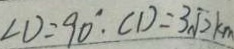
\angle D = 9 0 ^ { \circ } . C D = 3 \sqrt { 2 } k m